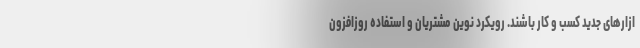
ازارهای جدید کسب و کار باشند. رویکرد نوین مشتریان و استفاده روزافزون